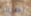
تصرفه